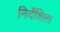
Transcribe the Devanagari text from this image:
निर्देशित।